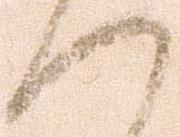
へ